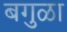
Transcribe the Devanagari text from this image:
बगुळा